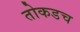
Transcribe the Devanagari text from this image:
तोकडच